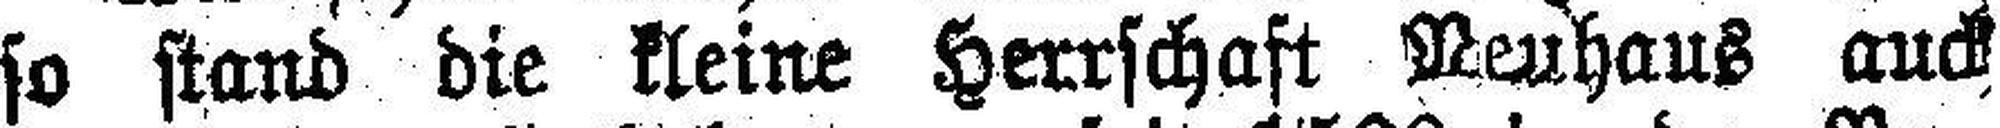
so stand die kleine Herrschaft Reuhaus auch